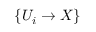
\{ U _ { i } \to X \}